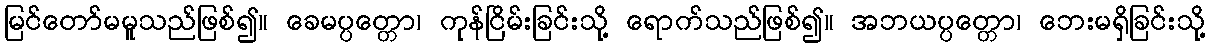
မြင်တော်မမူသည်ဖြစ်၍။ ခေမပ္ပတ္တော၊ ကုန်ငြိမ်းခြင်းသို့ ရောက်သည်ဖြစ်၍။ အဘယပ္ပတ္တော၊ ဘေးမရှိခြင်းသို့